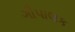
ગૌપાલક